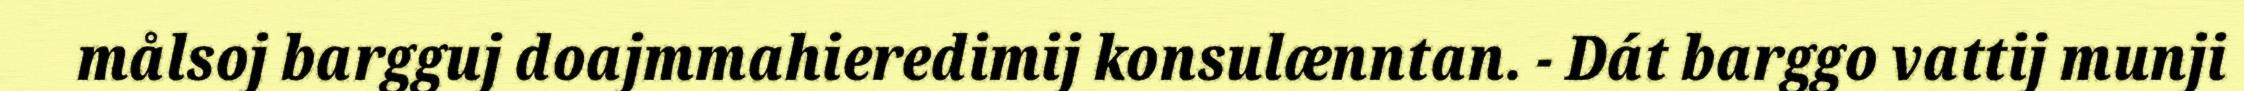
målsoj bargguj doajmmahieredimij konsulænntan. - Dát barggo vattij munji